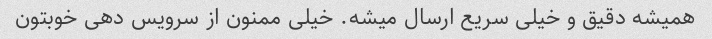
همیشه دقیق و خیلی سریع ارسال میشه. خیلی ممنون از سرویس دهی خوبتون